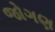
જોગણ